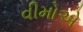
વીમોએ